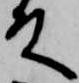
殿